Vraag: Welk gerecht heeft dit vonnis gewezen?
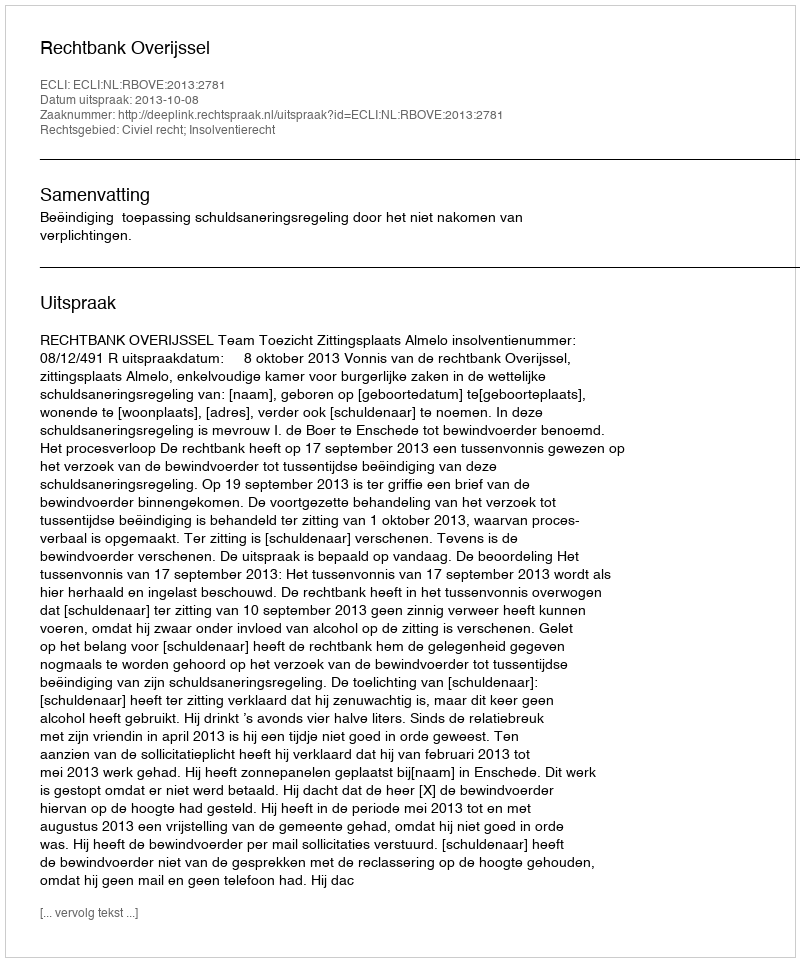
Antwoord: Rechtbank Overijssel